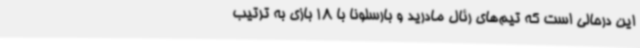
این درحالی است که تیم‌های رئال مادرید و بارسلونا با 18 بازی به ترتیب